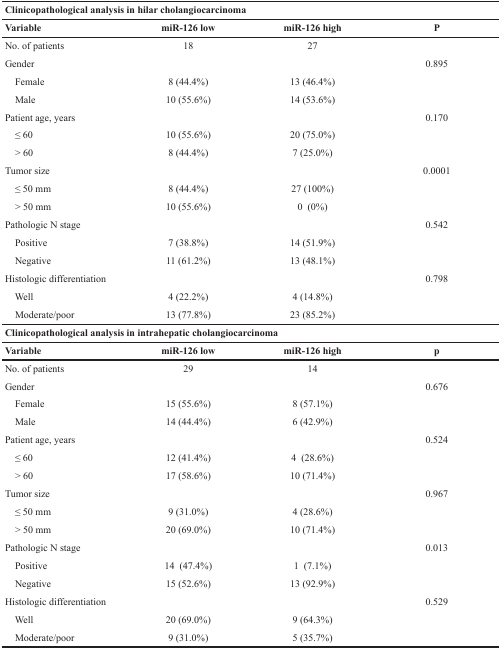
<table><thead><tr><td colspan="4"><b>Clinicopathological analysis in hilar cholangiocarcinoma</b></td></tr><tr><td><b>Variable</b></td><td><b>miR-126 low</b></td><td><b>miR-126 high</b></td><td><b>P</b></td></tr></thead><tbody><tr><td>No. of patients</td><td>18</td><td>27</td><td></td></tr><tr><td>Gender</td><td></td><td></td><td>0.895</td></tr><tr><td> Female</td><td>8 (44.4%)</td><td>13 (46.4%)</td><td></td></tr><tr><td> Male</td><td>10 (55.6%)</td><td>14 (53.6%)</td><td></td></tr><tr><td>Patient age, years</td><td></td><td></td><td>0.170</td></tr><tr><td> ≤ 60</td><td>10 (55.6%)</td><td>20 (75.0%)</td><td></td></tr><tr><td> &gt; 60</td><td>8 (44.4%)</td><td>7 (25.0%)</td><td></td></tr><tr><td>Tumor size</td><td></td><td></td><td>0.0001</td></tr><tr><td> ≤ 50 mm</td><td>8 (44.4%)</td><td>27 (100%)</td><td></td></tr><tr><td> &gt; 50 mm</td><td>10 (55.6%)</td><td>0 (0%)</td><td></td></tr><tr><td>Pathologic N stage</td><td></td><td></td><td>0.542</td></tr><tr><td> Positive</td><td>7 (38.8%)</td><td>14 (51.9%)</td><td></td></tr><tr><td> Negative</td><td>11 (61.2%)</td><td>13 (48.1%)</td><td></td></tr><tr><td>Histologic differentiation</td><td></td><td></td><td>0.798</td></tr><tr><td> Well</td><td>4 (22.2%)</td><td>4 (14.8%)</td><td></td></tr><tr><td> Moderate/poor</td><td>13 (77.8%)</td><td>23 (85.2%)</td><td></td></tr><tr><td colspan="4"><b>Clinicopathological analysis in intrahepatic cholangiocarcinoma</b></td></tr><tr><td><b>Variable</b></td><td><b>miR-126 low</b></td><td><b>miR-126 high</b></td><td><b>p</b></td></tr><tr><td>No. of patients</td><td>29</td><td>14</td><td></td></tr><tr><td>Gender</td><td></td><td></td><td>0.676</td></tr><tr><td> Female</td><td>15 (55.6%)</td><td>8 (57.1%)</td><td></td></tr><tr><td> Male</td><td>14 (44.4%)</td><td>6 (42.9%)</td><td></td></tr><tr><td>Patient age, years</td><td></td><td></td><td>0.524</td></tr><tr><td> ≤ 60</td><td>12 (41.4%)</td><td>4 (28.6%)</td><td></td></tr><tr><td> &gt; 60</td><td>17 (58.6%)</td><td>10 (71.4%)</td><td></td></tr><tr><td>Tumor size</td><td></td><td></td><td>0.967</td></tr><tr><td> ≤ 50 mm</td><td>9 (31.0%)</td><td>4 (28.6%)</td><td></td></tr><tr><td> &gt; 50 mm</td><td>20 (69.0%)</td><td>10 (71.4%)</td><td></td></tr><tr><td>Pathologic N stage</td><td></td><td></td><td>0.013</td></tr><tr><td> Positive</td><td>14 (47.4%)</td><td>1 (7.1%)</td><td></td></tr><tr><td> Negative</td><td>15 (52.6%)</td><td>13 (92.9%)</td><td></td></tr><tr><td>Histologic differentiation</td><td></td><td></td><td>0.529</td></tr><tr><td> Well</td><td>20 (69.0%)</td><td>9 (64.3%)</td><td></td></tr><tr><td> Moderate/poor</td><td>9 (31.0%)</td><td>5 (35.7%)</td><td></td></tr></tbody></table>